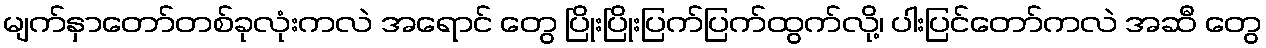
မျက်နှာတော်တစ်ခုလုံးကလဲ အရောင် တွေ ပြိုးပြိုးပြက်ပြက်ထွက်လို့၊ ပါးပြင်တော်ကလဲ အဆီ တွေ